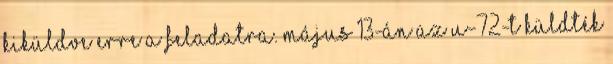
kiküldve erre a feladatra. Május 13-án az U-72-t küldték